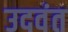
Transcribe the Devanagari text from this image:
उदवंत